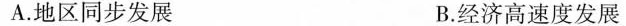
A.地区同步发展 B.经济高速度发展